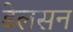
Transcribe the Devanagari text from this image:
डेलसन